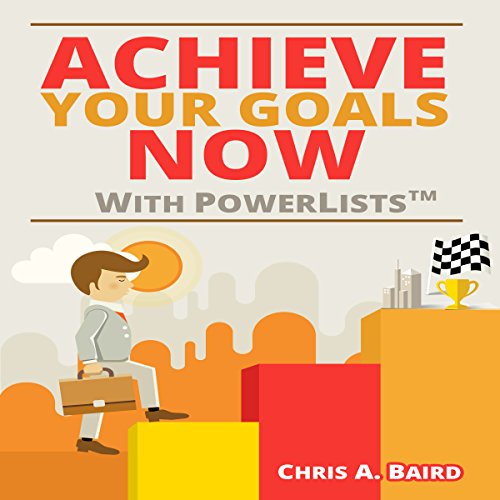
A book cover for Achieve Your Goals Now with PowerLists; Chris A. Baird; Law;